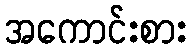
အကောင်းစား